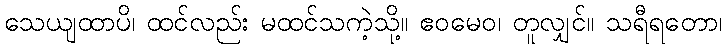
သေယျထာပိ၊ ထင်လည်း မထင်သကဲ့သို့။ ဧဝမေဝ၊ တူလျှင်။ သရီရတော၊